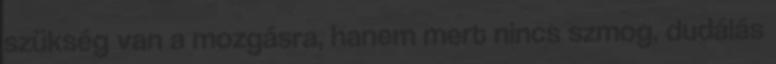
szükség van a mozgásra, hanem mert nincs szmog, dudálás